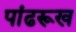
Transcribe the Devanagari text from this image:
पांढरूख